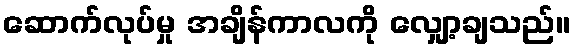
ဆောက်လုပ်မှု အချိန်ကာလကို လျှော့ချသည်။